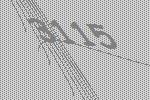
3115